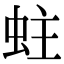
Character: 蛀